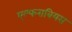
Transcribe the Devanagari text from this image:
एल्फराबियस